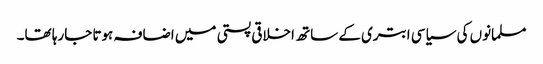
مسلمانوں کی سیاسی ابتری کے ساتھ اخلاقی پستی میں اضافہ ہوتا جارہا تھا۔